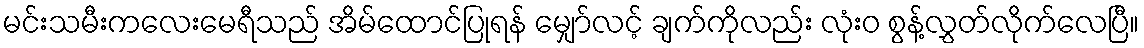
မင်းသမီးကလေးမေရီသည် အိမ်ထောင်ပြုရန် မျှော်လင့် ချက်ကိုလည်း လုံးဝ စွန့်လွှတ်လိုက်လေပြီ။